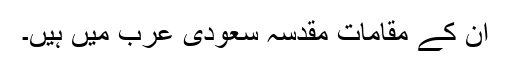
ان کے مقاماتِ مقدسہ سعودی عرب میں ہیں۔